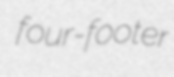
four-footer